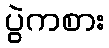
ပွဲကစား